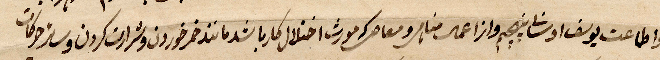
واعاطت يوسف ... وازا عمل مناجر ومعاصر كرمو اختلال كربا شد ما ...خمر خوردن وشرارت كردن وسائر حركات